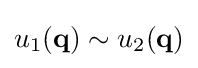
u_{1}(\mathbf {q} )\sim u_{2}(\mathbf {q} )